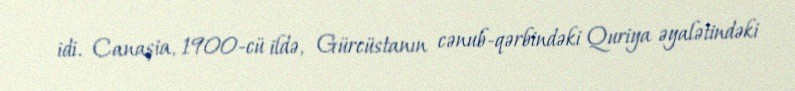
idi. Canaşia, 1900-cü ildə, Gürcüstanın cənub-qərbindəki Quriya əyalətindəki